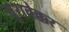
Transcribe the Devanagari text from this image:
बुशवेक्कर